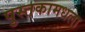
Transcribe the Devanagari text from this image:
पुस्तकामधला